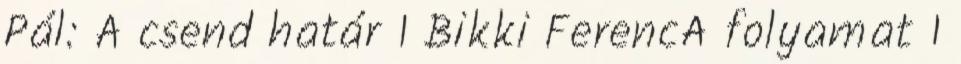
Pál: A csend határ 1 Bikki FerencA folyamat 1